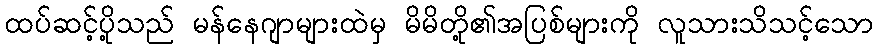
ထပ်ဆင့်ပို့သည် မန်နေဂျာများထဲမှ မိမိတို့၏အပြစ်များကို လူသားသိသင့်သော